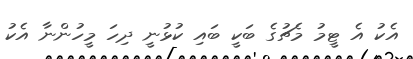
އެކު އެ ޓީމު މެޗުގެ ބަކީ ބައި ކުޅުނީ ދިހަ މީހުންނާ އެކު